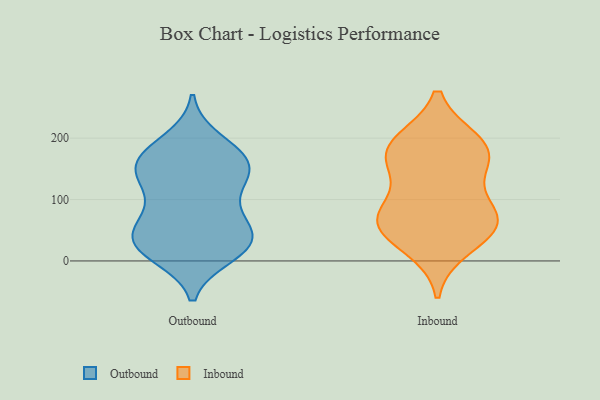
{"axis": {"x": "Customer Acquisition Cost (USD)", "y": "Value"}, "legend": ["Inbound", "Outbound"], "data": [{"x": "", "y": 99, "type": "Outbound"}, {"x": "", "y": 14, "type": "Outbound"}, {"x": "", "y": 177, "type": "Outbound"}, {"x": "", "y": 51, "type": "Outbound"}, {"x": "", "y": 37, "type": "Outbound"}, {"x": "", "y": 40, "type": "Outbound"}, {"x": "", "y": 159, "type": "Outbound"}, {"x": "", "y": 24, "type": "Outbound"}, {"x": "", "y": 146, "type": "Outbound"}, {"x": "", "y": 160, "type": "Outbound"}, {"x": "", "y": 85, "type": "Outbound"}, {"x": "", "y": 63, "type": "Outbound"}, {"x": "", "y": 21, "type": "Outbound"}, {"x": "", "y": 147, "type": "Outbound"}, {"x": "", "y": 38, "type": "Outbound"}, {"x": "", "y": 196, "type": "Outbound"}, {"x": "", "y": 136, "type": "Outbound"}, {"x": "", "y": 10, "type": "Outbound"}, {"x": "", "y": 133, "type": "Outbound"}, {"x": "", "y": 177, "type": "Outbound"}, {"x": "", "y": 61, "type": "Inbound"}, {"x": "", "y": 151, "type": "Inbound"}, {"x": "", "y": 23, "type": "Inbound"}, {"x": "", "y": 178, "type": "Inbound"}, {"x": "", "y": 70, "type": "Inbound"}, {"x": "", "y": 191, "type": "Inbound"}, {"x": "", "y": 67, "type": "Inbound"}, {"x": "", "y": 165, "type": "Inbound"}, {"x": "", "y": 55, "type": "Inbound"}, {"x": "", "y": 83, "type": "Inbound"}, {"x": "", "y": 193, "type": "Inbound"}]}